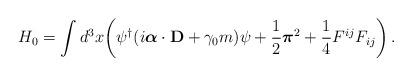
LaTeX: \begin{align*}H_0=\int d^3 x \biggl(\psi^\dagger(i\mbox{\boldmath $\alpha$}\cdot{\bf D}+\gamma_0 m)\psi +{1\over 2}\mbox{\boldmath $\pi$}^2+{1\over 4}F^{ij}F_{ij}\biggr)\,.\end{align*}